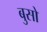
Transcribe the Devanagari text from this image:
बुसो